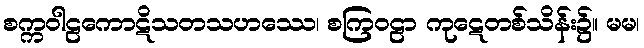
စက္ကဝါဠကောဋိသတသဟဿေ၊ စကြဝဠာ ကုဋေတစ်သိန်း၌။ မမ၊